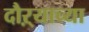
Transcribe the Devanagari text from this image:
दौऱ्याच्या